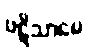
ပဋိသာမေ